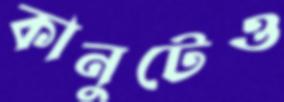
কানুটেও